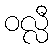
ဝလ္လီ